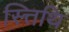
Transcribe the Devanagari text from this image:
स्त्तिथि